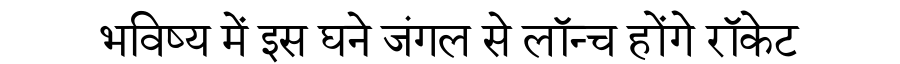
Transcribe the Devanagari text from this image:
भविष्य में इस घने जंगल से लॉन्च होंगे रॉकेट